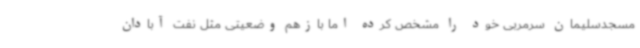
مسجدسلیمان سرمربی خود را مشخص کرده اما بازهم وضعیتی مثل نفت آبادان